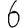
Digit: 6